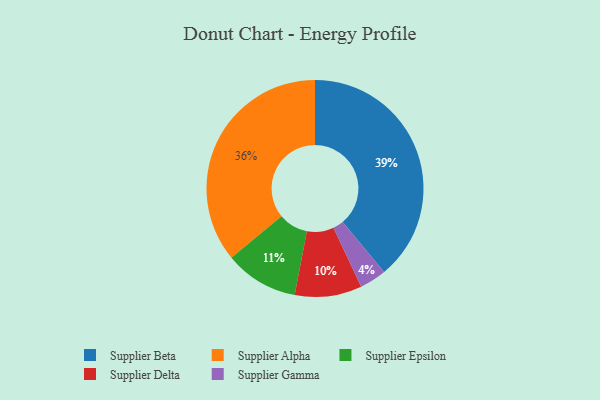
{"axis": {"x": "Category", "y": "Percentage"}, "legend": ["Supplier Alpha", "Supplier Beta", "Supplier Delta", "Supplier Epsilon", "Supplier Gamma"], "data": [{"x": "Supplier Alpha", "y": 36, "type": "Supplier Alpha"}, {"x": "Supplier Beta", "y": 39, "type": "Supplier Beta"}, {"x": "Supplier Epsilon", "y": 11, "type": "Supplier Epsilon"}, {"x": "Supplier Delta", "y": 10, "type": "Supplier Delta"}, {"x": "Supplier Gamma", "y": 4, "type": "Supplier Gamma"}]}